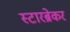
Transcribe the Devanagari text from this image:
स्टारब्रेकर